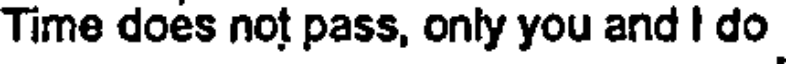
Time does not pass, only you and I do